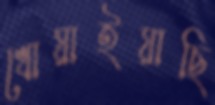
খোয়াইয়াছি